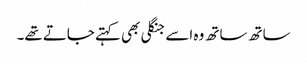
ساتھ ساتھ وہ اسے جنگلی بھی کہتے جاتے تھے۔